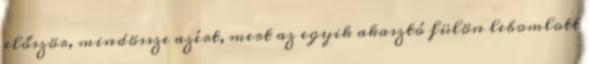
először, mindössze azért, mert az egyik akasztó fülön lebomlott